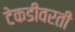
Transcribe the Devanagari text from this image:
टेकडीवरती